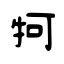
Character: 牱